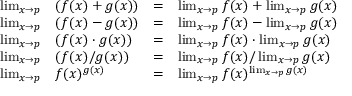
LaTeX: \begin{array} { l l l l } { \operatorname* { l i m } _ { x \to p } } & { ( f ( x ) + g ( x ) ) } & { = } & { \operatorname* { l i m } _ { x \to p } f ( x ) + \operatorname* { l i m } _ { x \to p } g ( x ) } \\ { \operatorname* { l i m } _ { x \to p } } & { ( f ( x ) - g ( x ) ) } & { = } & { \operatorname* { l i m } _ { x \to p } f ( x ) - \operatorname* { l i m } _ { x \to p } g ( x ) } \\ { \operatorname* { l i m } _ { x \to p } } & { ( f ( x ) \cdot g ( x ) ) } & { = } & { \operatorname* { l i m } _ { x \to p } f ( x ) \cdot \operatorname* { l i m } _ { x \to p } g ( x ) } \\ { \operatorname* { l i m } _ { x \to p } } & { ( f ( x ) / g ( x ) ) } & { = } & { { \operatorname* { l i m } _ { x \to p } f ( x ) / \operatorname* { l i m } _ { x \to p } g ( x ) } } \\ { \operatorname* { l i m } _ { x \to p } } & { f ( x ) ^ { g ( x ) } } & { = } & { { \operatorname* { l i m } _ { x \to p } f ( x ) ^ { \operatorname* { l i m } _ { x \to p } g ( x ) } } } \end{array}